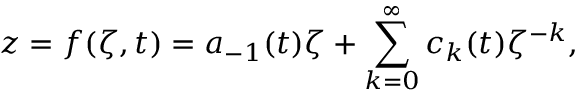
z = f ( \zeta , t ) = a _ { - 1 } ( t ) \zeta + \sum _ { k = 0 } ^ { \infty } c _ { k } ( t ) \zeta ^ { - k } ,